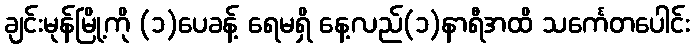
ချင်းမုန်မြို့ကို (၁)ပေခန့် ရေမရှိ နေ့လည်(၁)နာရီအထိ သင်္ကေတပေါင်း